system: You are a helpful assistant.
user:
Analyze the provided spectrum to determine if it is a **S-type Star**.

- **Key Indicators for S-type Star:**

    - **(Overall Spectrum Shape):** The first and most obvious characteristic is the overall continuum (the "baseline" shape). It is **extremely "red-sloping,"** meaning the flux (light intensity) is very low on the left side (blue, ~4000-4500 Å) and rises steeply and continuously toward the right side (red, ~7000 Å+).

    - **(Primary):** The spectrum is defined by the presence of strong, broad molecular absorption "valleys" (bands) from **Zirconium Oxide (ZrO)**. The identification of these bands is the **primary requirement** for classifying a star as S-type.
        - **(Key Bandheads):** You must find distinct, deep "dips" where the light has been absorbed. The most critical band systems to locate are:
            - **~6474 Å** ($\gamma$-system): This is often the strongest and clearest ZrO feature, found in the red part of the spectrum.
            - **~5718 Å** & **~5551 Å** ($\beta$-system): A pair of prominent absorption features in the yellow-orange part of the spectrum.
            - **~4640 Å** ($\alpha$-system): A key absorption band system in the blue-green region of the spectrum.

    - **(Secondary Confirmation):** The classification is strengthened by finding additional absorption bands from other related heavy element oxides, which are expected to be present alongside ZrO.
        - **(Key Bandheads):**
            - **Yttrium Oxide (YO):** Look for absorption dips near **~4800 Å** and **~6100 Å**.
            - **Lanthanum Oxide (LaO):** Additional absorption features, particularly in the red-orange part of the spectrum, are also characteristic.

    - **(Line Profile):** The combination of the steep red continuum and these numerous, deep molecular bands (ZrO, YO, etc.) gives the entire spectrum a very **"chopped-up"** or **"bumpy"** appearance. Instead of a smooth curve, the spectrum looks as though large, wide chunks of light have been "carved out" of it at the specific wavelengths listed above.

Think first, call **spectral_visualization_tool** if needed to examine features in detail, then provide your final answer. Your response must adhere to the following strict rules:
1.  **Overall Structure:** Your response must follow the format `<think>...</think> <tool_call>...</tool_call> (if a tool is used) <answer>...</answer>`.
2.  **Tool Usage Constraint:** You may only make **one** tool call per turn.
3.  **Final Answer Format:** In the `<answer>` tag, your conclusion must be inside a `\boxed{}` command (e.g., `\boxed{YES}` or `\boxed{NO}`), followed by your justification.

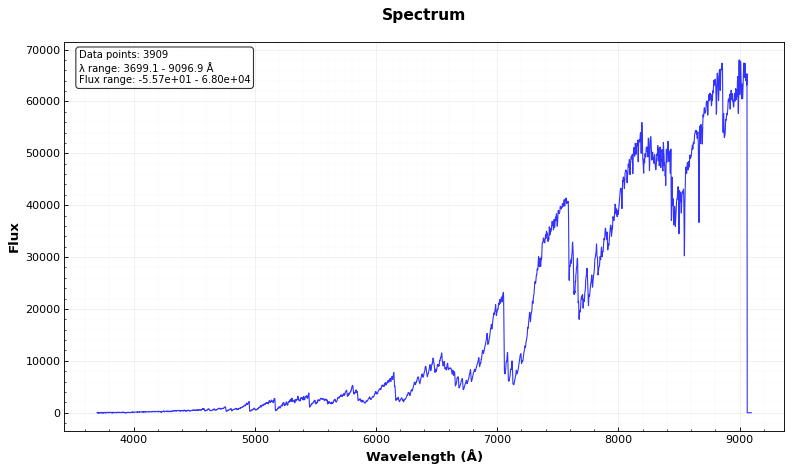
Answer: YES